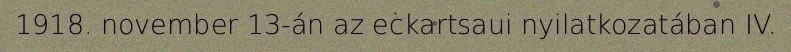
1918. november 13-án az eckartsaui nyilatkozatában IV.